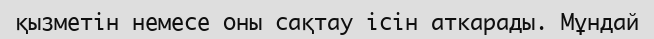
қызметін немесе оны сақтау ісін аткарады. Мұндай